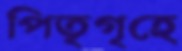
পিতৃগৃহে